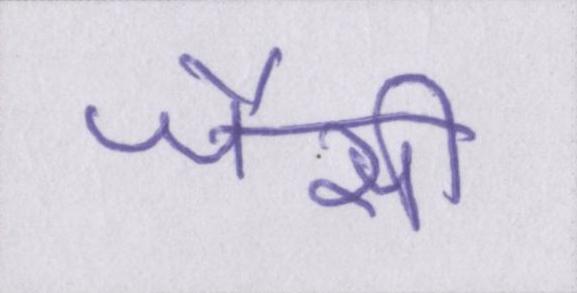
जैसी